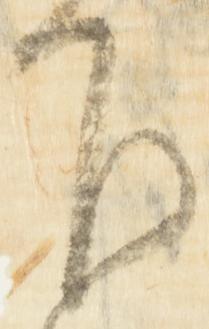
下